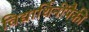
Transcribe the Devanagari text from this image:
विद्यार्थिनींपैकी